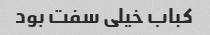
کباب خیلی سفت بود